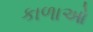
કાળાઓ